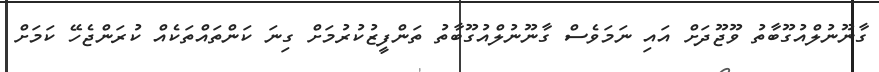
ގާނޫނުލްއުގޫބާތު ވޫޖޫދަށް އައި ނަމަވެސް ގާނޫނުލްއުގޫބާތު ތަންފީޒުކުރުމަށް ގިނަ ކަންތައްތަކެއް ކުރަންޖެހޭ ކަމަށް